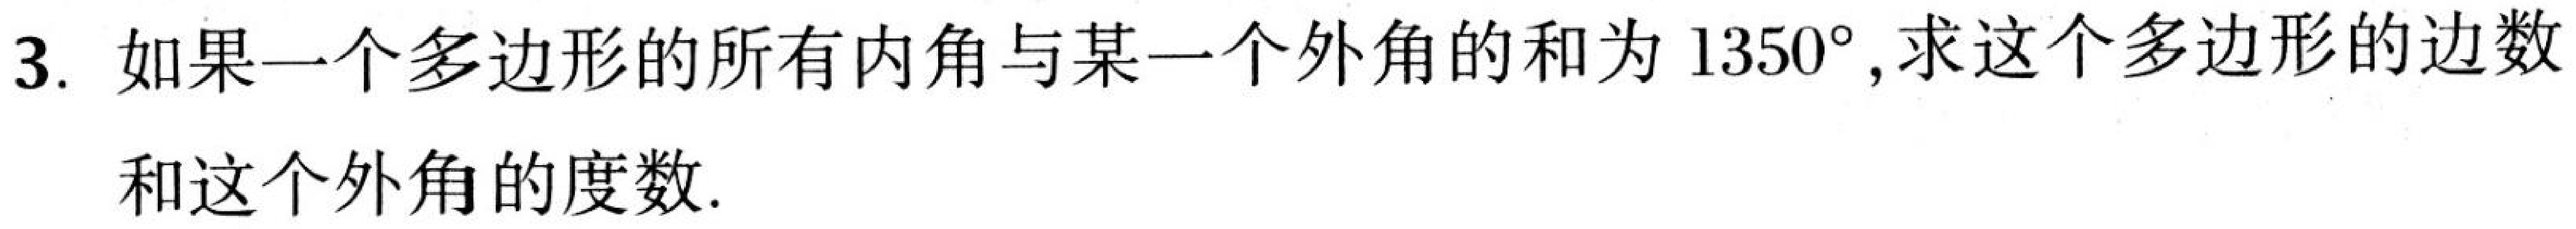
3. 如果一个多边形的所有内角与某一个外角的和为\(1350^{\circ}\),求这个多边形的边数和这个外角的度数.